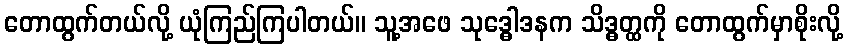
တောထွက်တယ်လို့ ယုံကြည်ကြပါတယ်။ သူ့အဖေ သုဒ္ဓေါဒနက သိဒ္ဓတ္ထကို တောထွက်မှာစိုးလို့